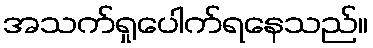
အသက်ရှုပေါက်ရနေသည်။